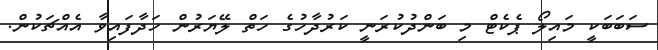
ސަބަބަކީ މައިލޯ ޕެކެޓް މި ބަންދުކުރަނީ ކަރުދާހުގެ ހަތް ލޭޔަރުން ހަދާފައިވާ އެއްޗަކުން.